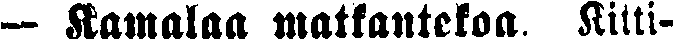
— Kamalaa matkantekoa. Kitti-